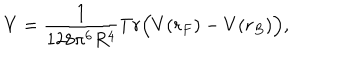
V = \frac { 1 } { 1 2 8 \pi ^ { 6 } R ^ { 4 } } T r \Bigl ( V ( r _ { F } ) - V ( r _ { B } ) \Bigr ) ,